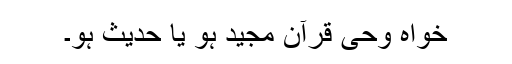
خواہ وحی قرآن مجید ہو یا حدیث ہو۔